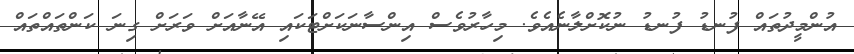
އުންމީދުތައް ފުނޑު ފުނޑު ނުކޮށްލާނެއެވެ. މިހާރުވެސް އިންސާނަކަށްޓަކައި އޭނާއަށް ވަރަށް ގިނަ ކަންތައްތައް